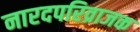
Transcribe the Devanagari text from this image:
नारदपरिव्राजक